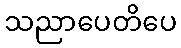
သညာပေတိပေ